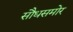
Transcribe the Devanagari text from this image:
सौधसमोर